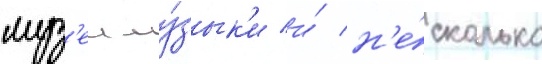
муз'еи му́зык'и и́ н'е́сколько